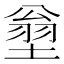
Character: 𱗣